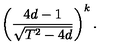
\left( \frac { 4 d - 1 } { \sqrt { T ^ { 2 } - 4 d } } \right) ^ { k } .